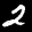
Label: 2